Civil Veterinary Dept. North-West Frontier Province 1901-22 - 1901-1922
Year: 1901
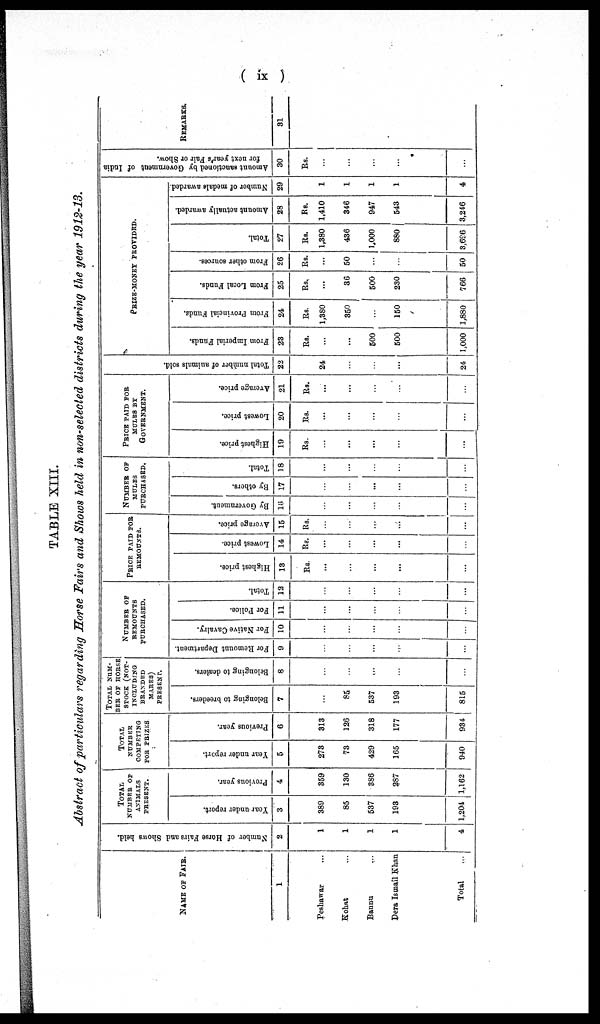
( ix )
TABLE XIII.
Abstract of particulars regarding Horse Fairs and Shows held in non-selected districts during the year 1912-13.
NAME OF FAIR.
1
Peshawar
Kohat ...
Bannu ...
Dera Ismail Khan
Total
Number
of Horse Fairs and Shows held.
2
1
1
1
1
4
TOTAL
NUMBER OF
ANIMALS
PRESENT.
Year under report.
3
389
85
537
193
1,204
Previous year.
4
359
130
386
287
1,162
TOTAL
NUMBER
COMPETING
FOR PRIZES
Year under report.
5
273
73
429
165
940
Previous year.
6
313
126
318
177
934
TOTAL NUM-
---
OF HOUSE
STOCK (NOT-
INCLUDING
BRANDED
MARKS)
PRESENT.
Belonging to breeders.
7
...
85
537
193
815
Belonging to dealers.
8
...
...
...
...
...
NUMBER
OF
REMOUNTS
PURCHASED.
For Remount Department.
9
...
...
...
...
...
For Native Cavalry.
10
...
...
...
...
...
For Police.
11
...
...
...
...
...
Total.
12
...
...
...
...
PRICE PAID FOR
REMOUNTS.
Highest price.
13
Rs.
...
...
...
...
...
Lowest price.
14
Rs.
...
...
...
...
...
Average price.
15
Rs.
...
...
...
...
...
NUMBER OF
MULES
PURCHASED.
By Government.
16
...
...
...
...
...
By others.
17
...
...
...
...
...
Total.
18
...
...
...
...
...
PRICE PAID FOR
MULES BY
GOVERNMENT.
Highest price.
19
Rs.
...
...
...
...
...
Lowest price.
20
Rs.
...
...
...
...
...
Average price.
21
Rs.
...
...
...
...
...
Total number of animals sold.
22
24
...
...
...
24
PRIZE-MONEY PROVIDED.
From Imperial Funds.
23
Rs.
...
...
500
500
1,000
From Provincial Funds.
24
Rs.
1,380
350
...
150
1,880
From Local Funds.
25
Rs.
...
36
500
230
766
From other sources.
26
Rs.
...
50
...
...
50
Total.
27
Rs.
1,380
436
1,000
880
3,696
Amount actually awarded.
28
Rs.
1,410
346
947
543
3,216
Number of medals awarded.
29
1
1
1
1
4
Amount sanctioned by Government
of India
for next year's Fair or Show.
30
Rs.
REMARKS.
31